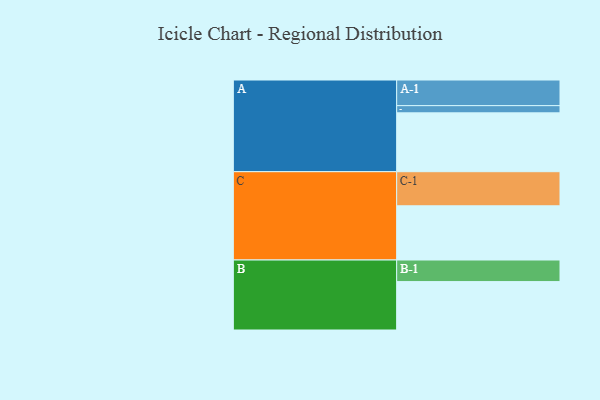
{"axis": {"x": "Segment", "y": "Value"}, "legend": ["", "A", "B", "C"], "data": [{"x": "A", "y": 507, "type": ""}, {"x": "B", "y": 417, "type": ""}, {"x": "C", "y": 467, "type": ""}, {"x": "A-1", "y": 221, "type": "A"}, {"x": "A-2", "y": 62, "type": "A"}, {"x": "B-1", "y": 186, "type": "B"}, {"x": "C-1", "y": 294, "type": "C"}]}